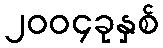
၂၀၀၄ခုနှစ်